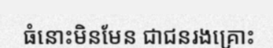
ធំនោះមិនមែន ជាជនរងគ្រោះ